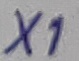
Text: X1